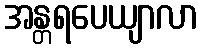
အန္တရပေယျာလာ